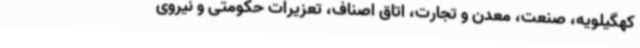
کهگیلویه، صنعت، معدن و تجارت، اتاق اصناف، تعزیرات حکومتی و نیروی